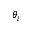
\theta _ { i }